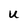
Character: u